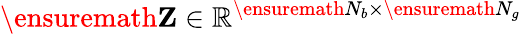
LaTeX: \ensuremath\mathbf{Z}\in\mathbb{R}^{\ensuremath N_{b}\times\ensuremath N_{g}}